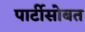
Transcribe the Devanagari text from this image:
पार्टीसोबत